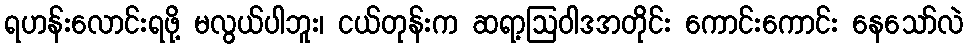
ရဟန်းလောင်းရဖို့ မလွယ်ပါဘူး၊ ငယ်တုန်းက ဆရာ့ဩဝါဒအတိုင်း ကောင်းကောင်း နေသော်လဲ